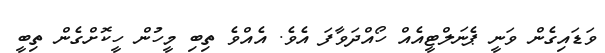
ވަޑައިގެން ވަނީ ޕެނަލްޓީއެއް ހޯއްދަވާފަ އެވެ. އެއްވެ ތިބި މީހުން ހީކޮށްގެން ތިބީ